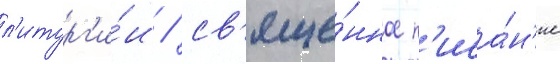
л'итург'и́и / св'яще́нное п'иса́н'ие